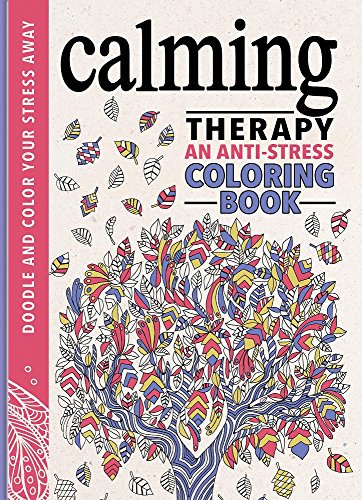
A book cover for Calming Therapy: An Anti-Stress Coloring Book; Hannah Davies; Humor & Entertainment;